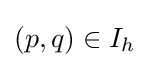
(p,q)\in I_{h}